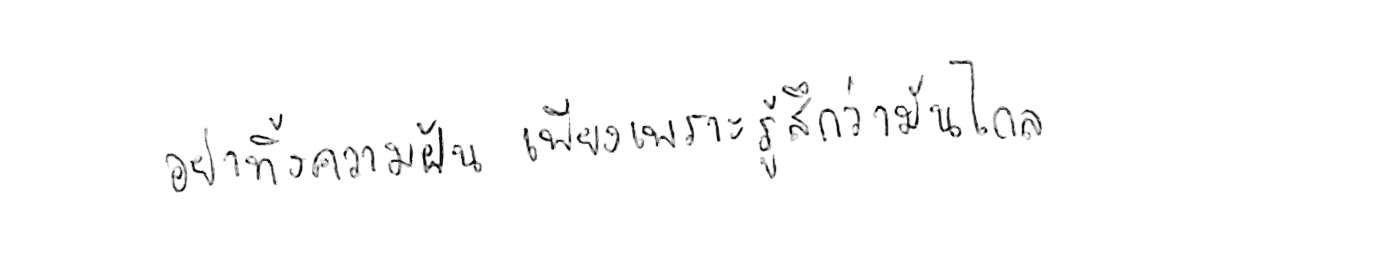
อย่าทิ้งความฝัน เพียงเพราะรู้สึกว่ามันไกล